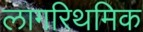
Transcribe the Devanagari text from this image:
लागरिथमिक